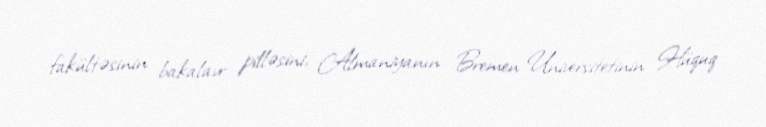
fakültəsinin bakalavr pilləsini, Almaniyanın Bremen Universitetinin Hüquq